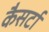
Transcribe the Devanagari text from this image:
कैसर्टा